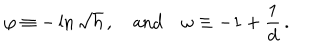
\varphi \equiv - \ln \sqrt { h } \, , \quad \mathrm { a n d } \quad \omega \equiv - 1 + \frac { 1 } { d } \, .